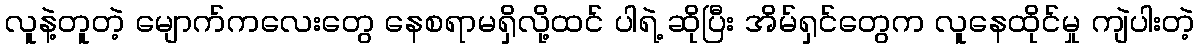
လူနဲ့တူတဲ့ မျောက်ကလေးတွေ နေစရာမရှိလို့ထင် ပါရဲ့ ဆိုပြီး အိမ်ရှင်တွေက လူနေထိုင်မှု ကျဲပါးတဲ့